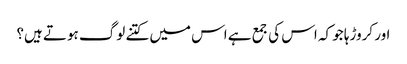
اور کروڑہا جو کہ اس کی جمع ہے اس میں کتنے لوگ ہوتے ہیں؟